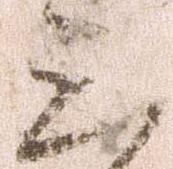
三